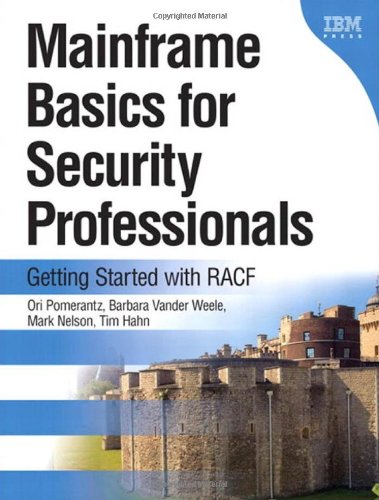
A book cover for Mainframe Basics for Security Professionals: Getting Started with RACF; Ori Pomerantz; Computers & Technology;